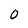
Character: 0